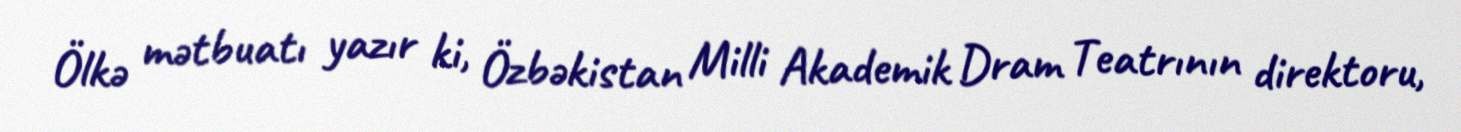
Ölkə mətbuatı yazır ki, Özbəkistan Milli Akademik Dram Teatrının direktoru,